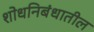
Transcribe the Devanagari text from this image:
शोधनिबंधातील